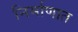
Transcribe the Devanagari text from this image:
निर्माणात